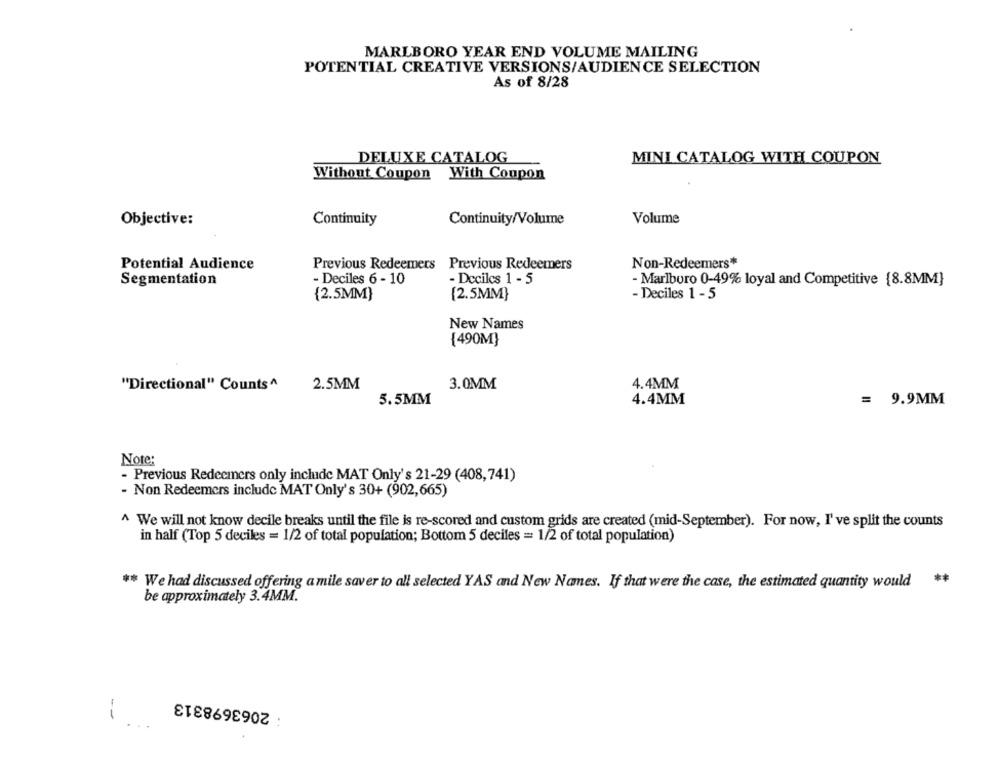
MARLBORO YEAR END VOLUME MAILING
POTENTIAL CREATIVE VERSIONS/AUDIENCE SELECTION
As of 8/28
DELUXE CATALOG
MINI CATALOG WITH COUPON
Withont Coupon With Coupon
Objective:
Continuity
Continuity/Volume
Volume
Potential Audience
Previous Redeemers Previous Redeemers
Non-Redeemers*
Segmentation
- Deciles 6 - 10
- Deciles 1 - 5
- Marlboro 0-49% loyal and Competitive {8.8MM}
{2.5MM}
[2.5MM}
- Deciles 1 -5
New Names
{490M)
"Directional" Counts ^
2.5MM
3.0MM
4.4MM
5.5MM
4.4MM
= 9.9MM
Note:
- Previous Redeciners only include MAT Only's 21-29 (408,741)
- Non Redeemers include MAT Only's 30+ (902,665)
^ We will not know decile breaks until the file is re-scored and custom grids are created (mid-September). For now, I've split the counts
in half (Top 5 deciles = 1/2 of total population; Bottom 5 deciles = 1/2 of total population)
** We had discussed offering a mile saver to all selected YAS and New Names. If that were the case, the estimated quantity would **
be approximately 3.4MM.
2063698313
--